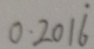
0 . 2 0 1 \dot { 6 }